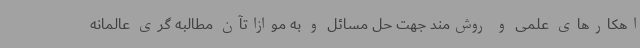
اهکارهای علمی و روش‌مند جهت حل مسائل و به موازاتآن مطالبه گری عالمانه